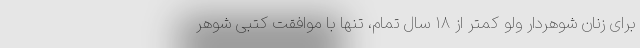
برای زنان شوهردار ولو کمتر از ۱۸ سال تمام، تنها با موافقت کتبی شوهر